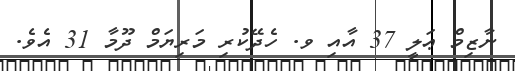
ނާޒިމް ޢަލީ 37 އާއި ވ. ހެދޭކުރި މަރިޔަމް ދޫމާ 31 އެވެ.